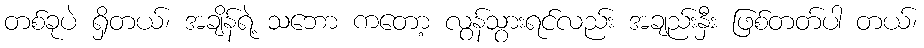
တစ်ခုပဲ ရှိတယ်၊ အချိန်ရဲ့ သဘော ကတော့ လွန်သွားရင်လည်း အချည်းနှီး ဖြစ်တတ်ပါ တယ်၊